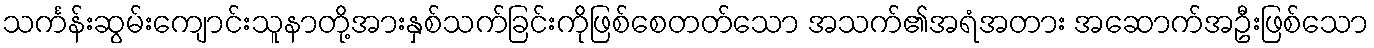
သင်္ကန်းဆွမ်းကျောင်းသူနာတို့အားနှစ်သက်ခြင်းကိုဖြစ်စေတတ်သော အသက်၏အရံအတား အဆောက်အဦးဖြစ်သော